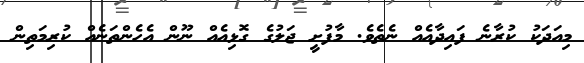
މިއަދަކު ކުރާނެ ފައިދާއެއް ނެތެވެ. މާފުށީ ޖަލުގެ ގޮޅިއެއް ނޫން އެހެންތަނެއް ކުރިމަތިން